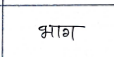
मजकूर: भाग